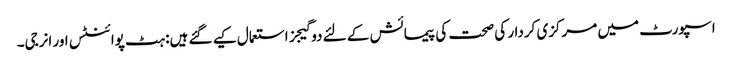
اسپورٹ میں مرکزی کردار کی صحت کی پیمائش کے لئے دو گیجز استعمال کیے گئے ہیں: ہٹ پوائنٹس اور انرجی۔